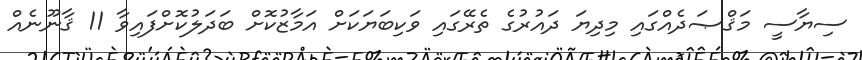
ސިޔާސީ މަޤްޞަދެއްގައި މިދިޔަ ދައުރުގެ ތެރޭގައި ވަކިބަޔަކަށް އަމާޒުކޮށް ބަދަލުކޮށްފައިވާ 11 ޤާނޫނެއް